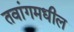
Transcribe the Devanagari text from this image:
तवांगमधील